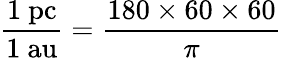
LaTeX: {\frac{1{\mathrm{~pc}}}{1{\mathrm{~au}}}}={\frac{180\times 60\times 60}{\pi}}